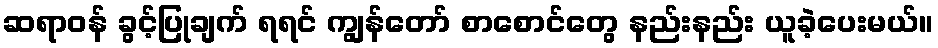
ဆရာဝန် ခွင့်ပြုချက် ရရင် ကျွန်တော် စာစောင်တွေ နည်းနည်း ယူခဲ့ပေးမယ်။